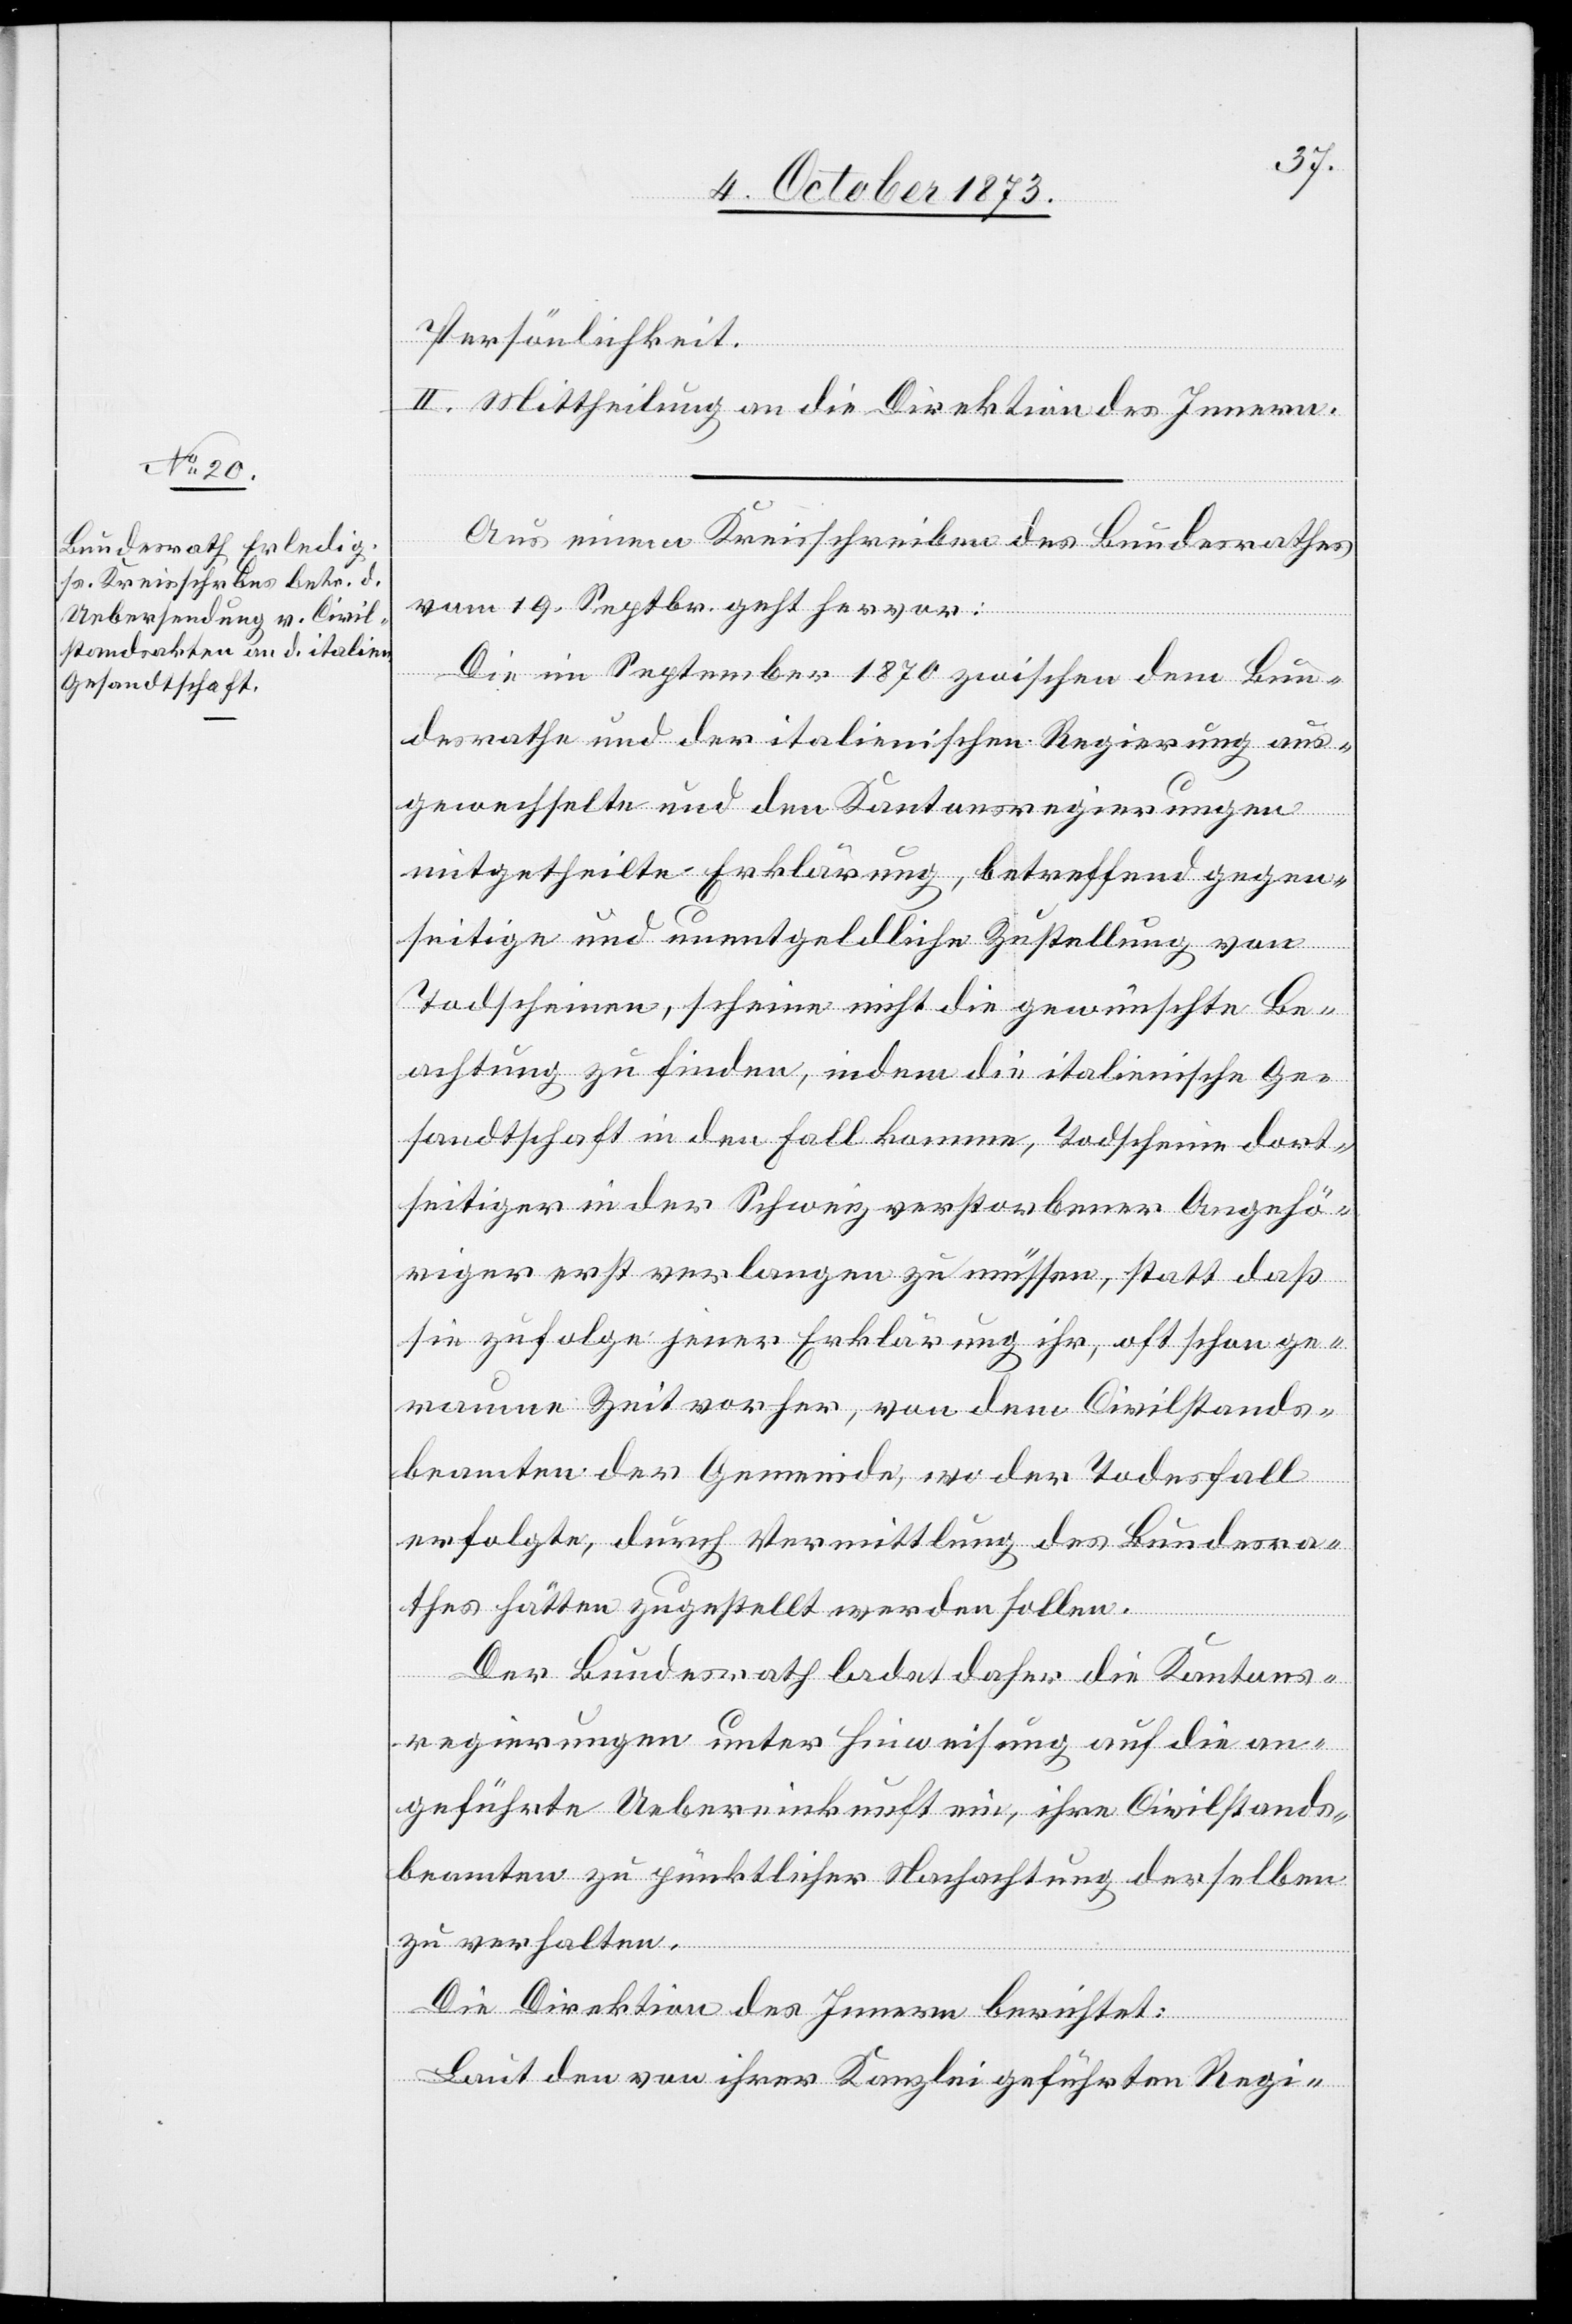
Persönlichkeit.
II. Mittheilung an die Direktion des Innern.
Aus einem Kreisschreiben des Bundesrathes
vom 19. Septbr. geht hervor:
Die im September 1870 zwischen dem Bun¬
desrathe und der italienischen Regierung aus¬
gewechselte und den Kantonsregierungen
mitgetheilte Erklärung, betreffend gegen¬
seitige und unentgeldliche Zustellung von
Todscheinen, scheine nicht die gewünschte Be¬
achtung zu finden, indem die italienische Ge¬
sandtschaft in den Fall komme, Todscheine dort¬
seitiger in der Schweiz verstorbener Angehö¬
riger erst verlangen zu müssen, statt daß
sie zufolge jener Erklärung ihr, oft schon ge¬
raume Zeit vorher, von dem Civilstands¬
beamten der Gemeinde, wo der Todesfall
erfolgte, durch Vermittlung des Bundesra¬
thes hätten zugestellt werden sollen.
Der Bundesrath ladet daher die Kantons¬
regierungen unter Hinweisung auf die an¬
geführte Uebereinkunft ein, ihre Civilstands¬
beamten zu pünktlicher Nachachtung derselben
zu verhalten.
Die Direktion des Innern berichtet:
Laut den von ihrer Kanzlei geführten Regi-